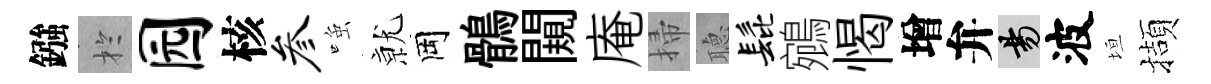
鏹扵园核参𫪻𭕒岡鶻闚庵掃𦗟髭鵷愒增弁昜波垣擷